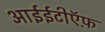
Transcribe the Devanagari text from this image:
आईईटीऍफ़